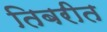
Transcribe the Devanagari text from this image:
तिबरीत